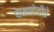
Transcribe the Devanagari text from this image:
पेमादेवीचे